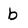
Character: b